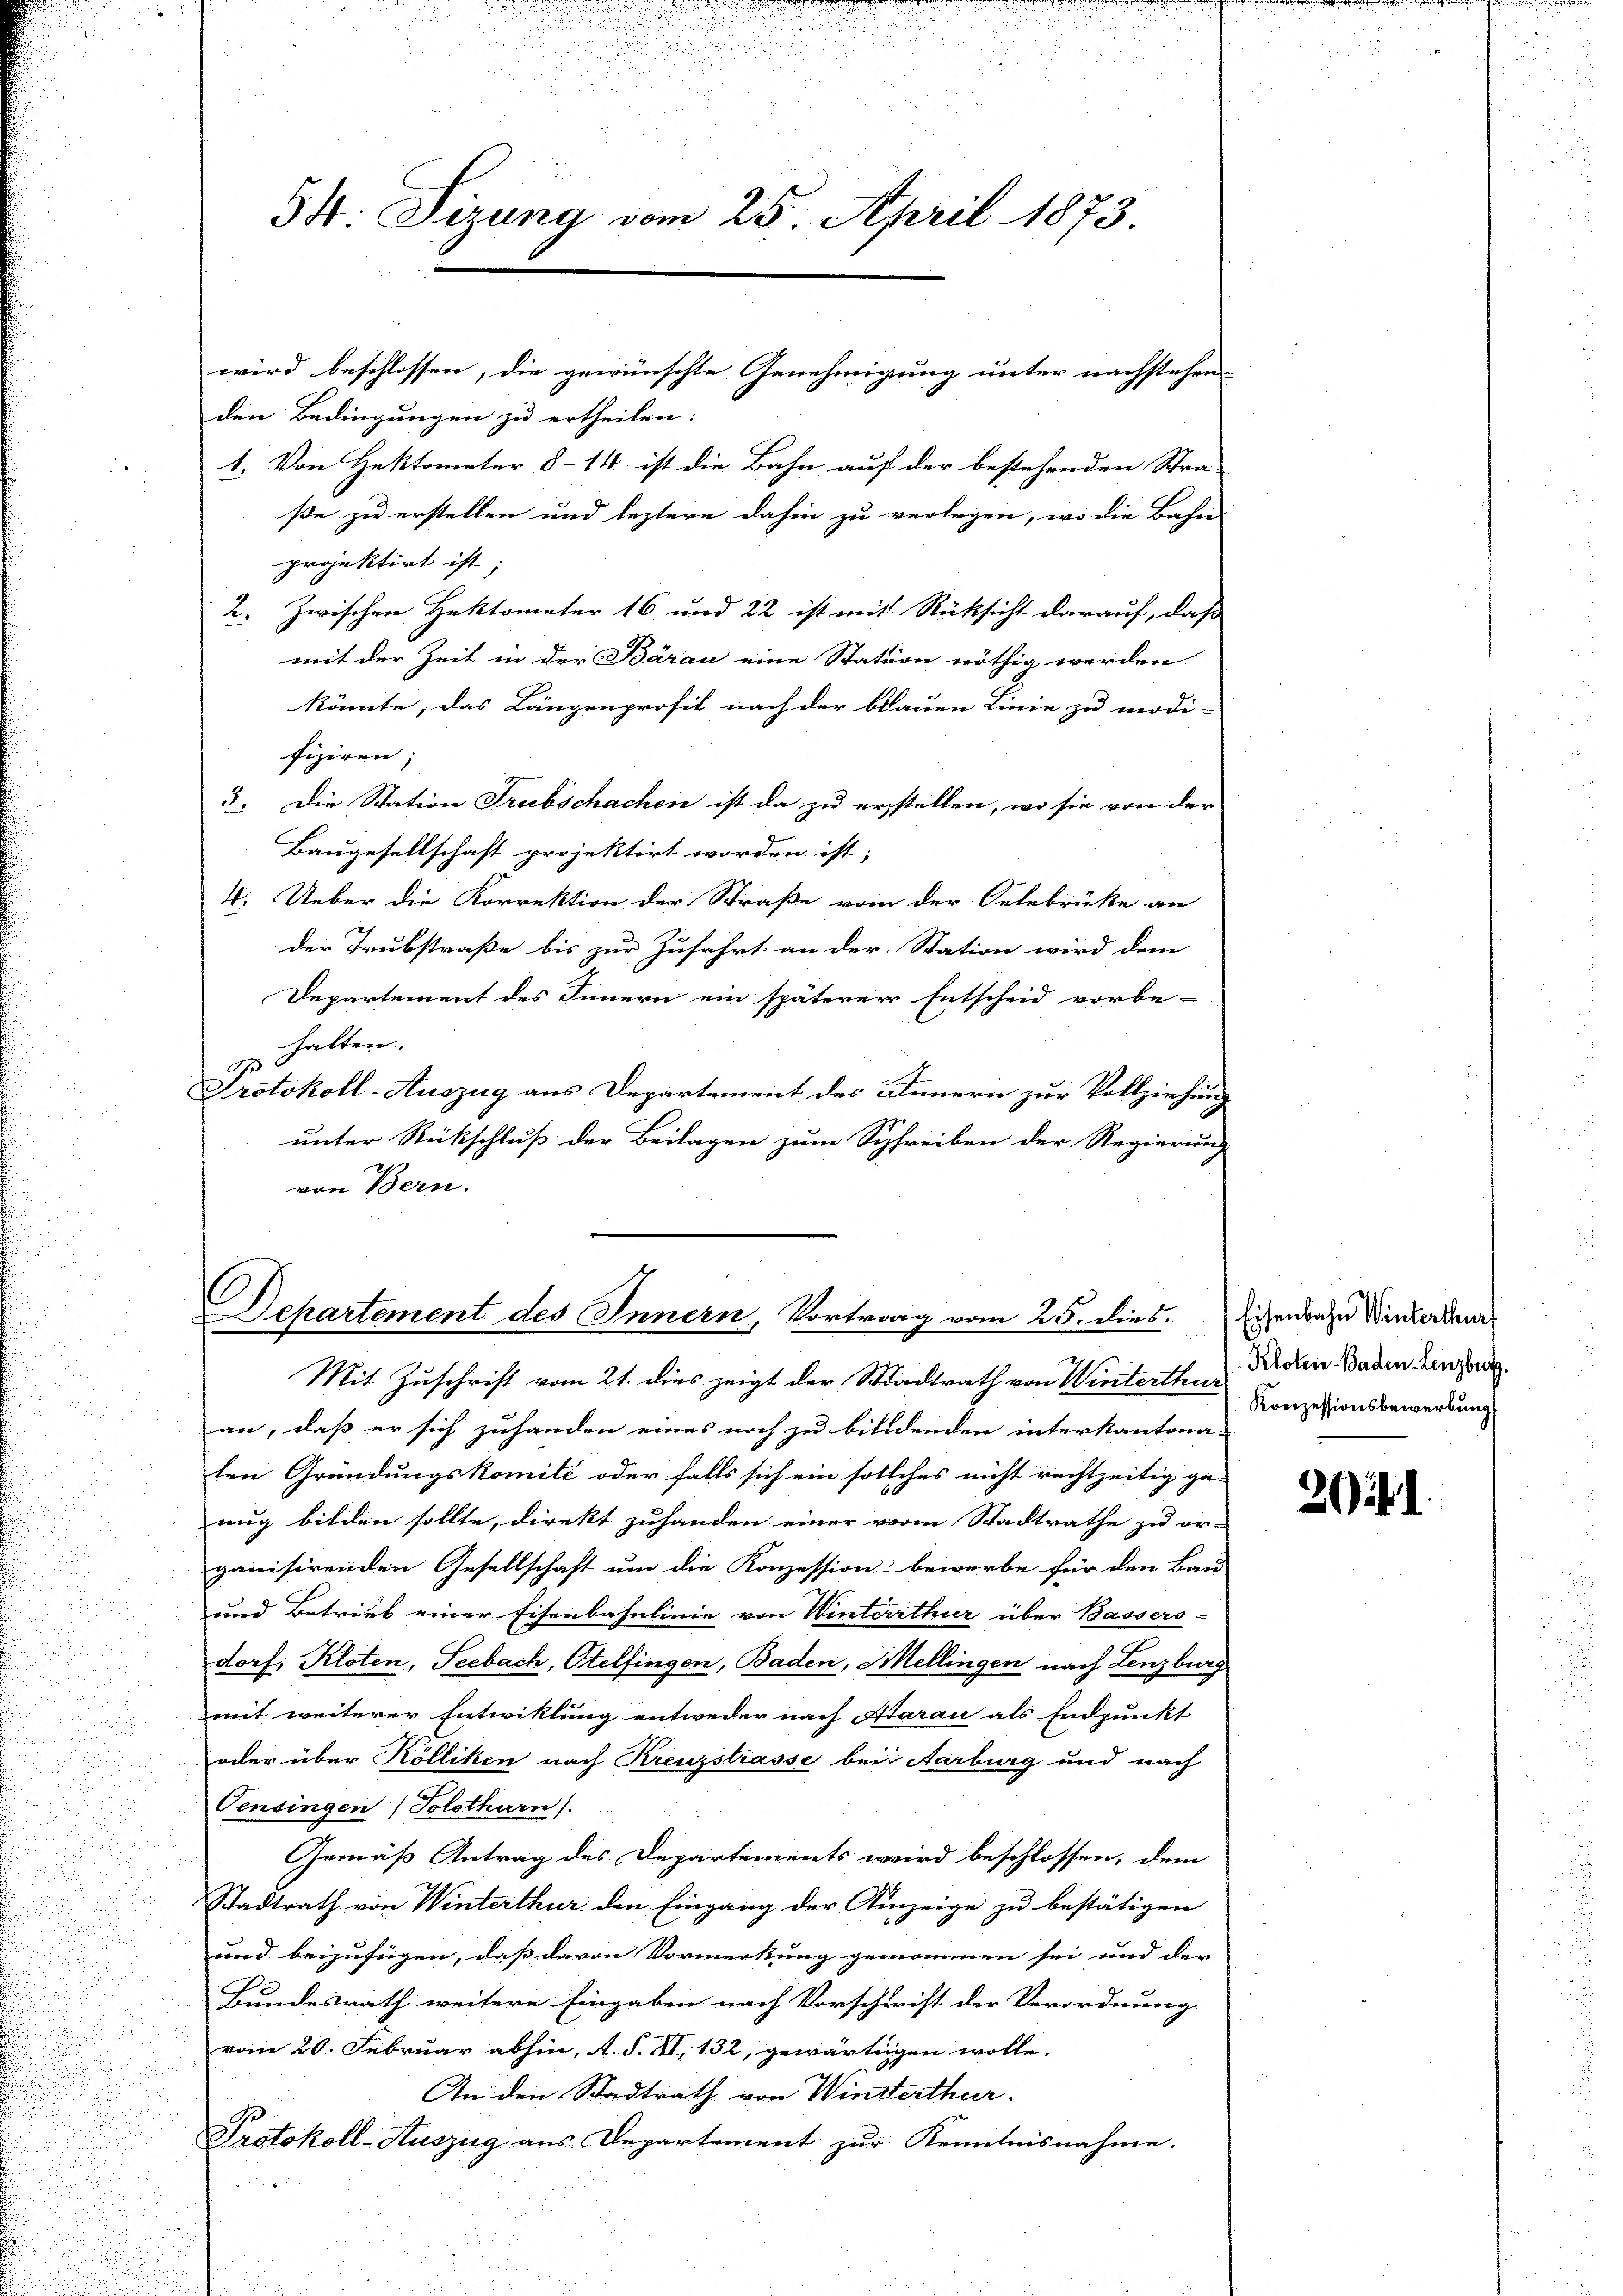
54. Sizung vom 25. April 1873.
wird beschlossen, die gewünschte Genehmigung unter nachstehen

den Bedingungen zu ertheilen:
1. Von Hektometer 8–14 ist die Bahn auf der bestehenden Stra-
ße zu erstellen und leztere dahin zu verlegen, wo die Bahni
projektirt ist;
2. Zwischen Hektometer 16 und 22 ist mit Rücksicht darauf, daß
mit der Zeit in der Bárau eine Station nöthig werden
könnte, das Längenprofit nach der bauen Linie zu modi-
fiziren;
3. Die Station Trubschachen ist da zu erstellen, wo sie von der
Baugesellschaft projektirt worden ist;
4. Ueber die Korrektion der Straße vom der Oelebrücke an
der Trubstraße bis zur Zufahrt an der Station wird dem
Departement des Innern ein späterner Entscheid vorbe-
halten.
Protokoll-Auszug aus Departement des Innern zur Vollziehung
unter Rückschluß der Beilagen zum Schreiben der Regierung
von Bern.

Departement des Innern, Vortrag vom 25. dies. Eisenbahn Winterden

a
Mit Zuschrift vom 21. dies zeigt der Stadtrath von Winterthur
.

an, daß er sich zuhanden eines noch zu bildenden interkantona
ten Gründungskomité oder falls sich ein sollches nicht rechtzeitig ge-
.
nug bilden sollte, direkt zuhanden einer vom Stadtrathe zu or-
ganisirenden Gesellschaft um die Konzession: bewerbe für den Bau-
i

u
und Betrieb einer Eisenbahnlinie von Winterrthur über Bassers-
dorf, Kloten, Seebach, Otelfingen, Baden, Mellingen nach Lenzburg
mit weiterer Entwiklung entweder nach Aarau als Endpunkt
oder über Kölliken nach Kreuzstrasse bei Aarburg und nach
Pensingen (Solothurn).
Gemäß Antrag des Departements wird beschlossen, dem
Stadtrath von Winterthur den Eingang der Einzeige zu bestätigen
und beizufügen, dass davon Vormerkung genommen sei und der
J
Bundesrath weitere Eingaben nach Vorschrift der Verordnung
vom 20. Februar abhin, A. S. II, 132, gewärtigen wolle.
An den Stadtrath von Winterthur.
Ge
Protokoll-Auszug aus Departement zur Kenntnisnahme.

Kloten–Baden Lenzburg.
Konzessionsbewerbung

20